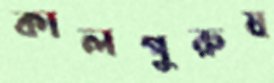
কালপুরুষ